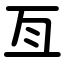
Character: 亙